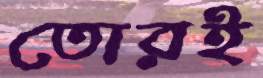
তোরই